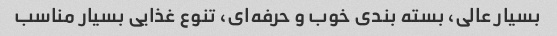
بسیار عالی، بسته بندی خوب و حرفه‌ای، تنوع غذایی بسیار مناسب